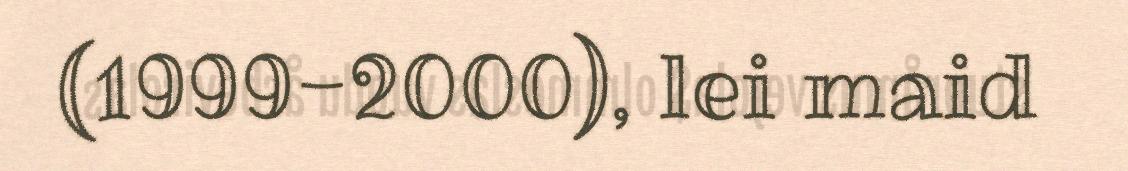
(1999-2000), lei maid